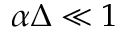
\alpha \Delta \ll 1